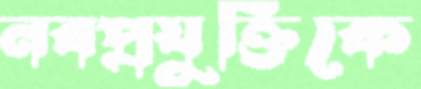
নবপ্রযুক্তিকে